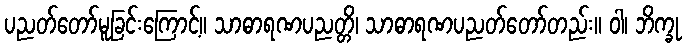
ပညတ်တော်မူခြင်းကြောင့်။ သာဓာရဏပညတ္တိ၊ သာဓာရဏပညတ်တော်တည်း။ ဝါ၊ ဘိက္ခု